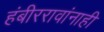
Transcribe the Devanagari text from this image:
हंबीररावांनाही